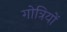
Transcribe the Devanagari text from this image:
गोत्रियों